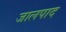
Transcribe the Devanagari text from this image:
जालपाद